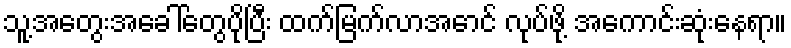
သူ့အတွေးအခေါ်တွေပိုပြီး ထက်မြက်လာအောင် လုပ်ဖို့ အကောင်းဆုံးနေရာ။